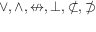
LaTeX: \vee , \wedge , \nleftrightarrow , \bot , \not \subset , \not \supset